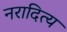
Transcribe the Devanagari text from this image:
नरादित्य